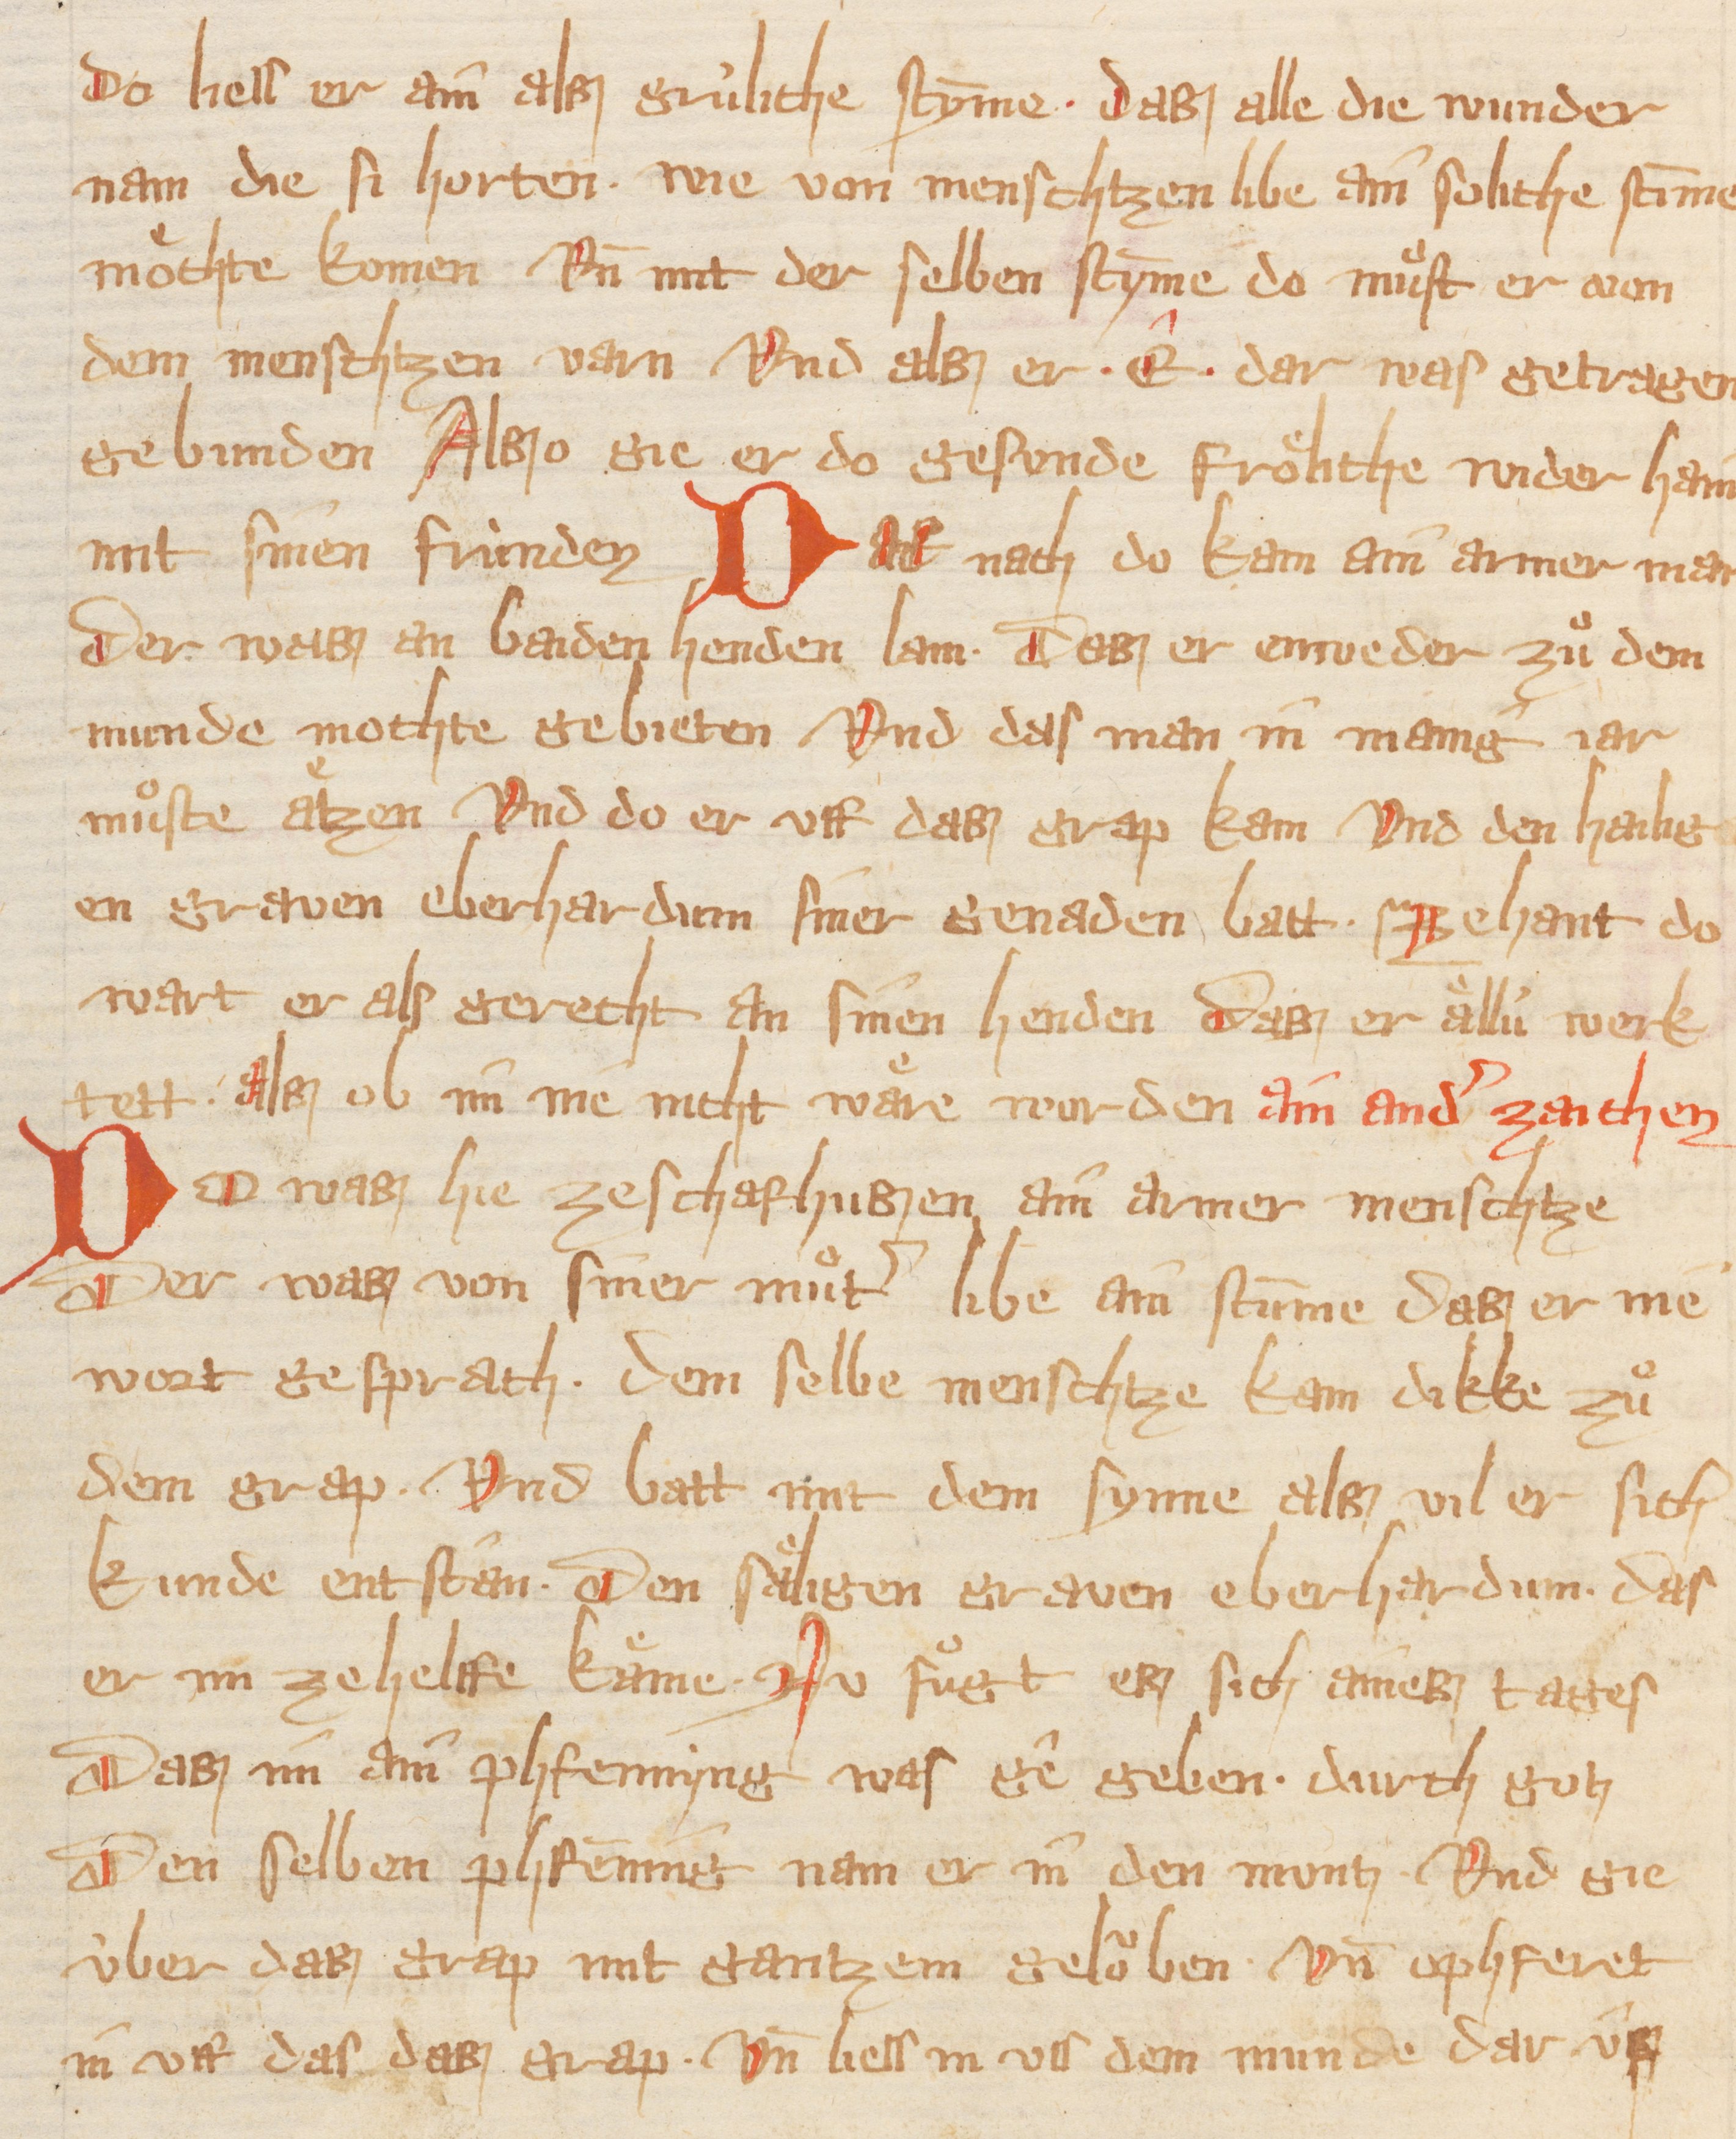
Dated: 1300–1399